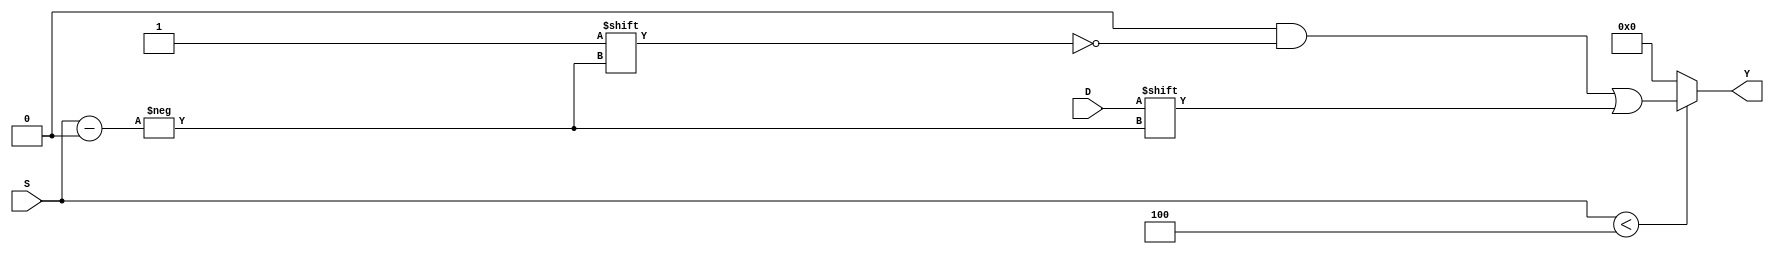
module ParameterizedDemux #(
    parameter N = 4  // Default number of output lines
) (
    input wire D,                             // Data input
    input wire [clog2(N)-1:0] S,            // Select lines
    output reg [N-1:0] Y                     // Output lines
);

    // Function to calculate the ceiling of log2
    function integer clog2(input integer value);
        begin
            value = value - 1;
            for (clog2 = 0; value > 0; clog2 = clog2 + 1)
                value = value >> 1;
        end
    endfunction

    // Always block to implement demux functionality
    always @(*) begin
        // Default all outputs to 0
        Y = {N{1'b0}};
        
        // Check if selection is valid and route data
        if (S < N) begin
            Y[S] = D;  // Route data to the selected output
        end
        // If the select is out of range, Y remains at default state (all zeros)
    end

endmodule